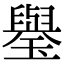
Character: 𤪐